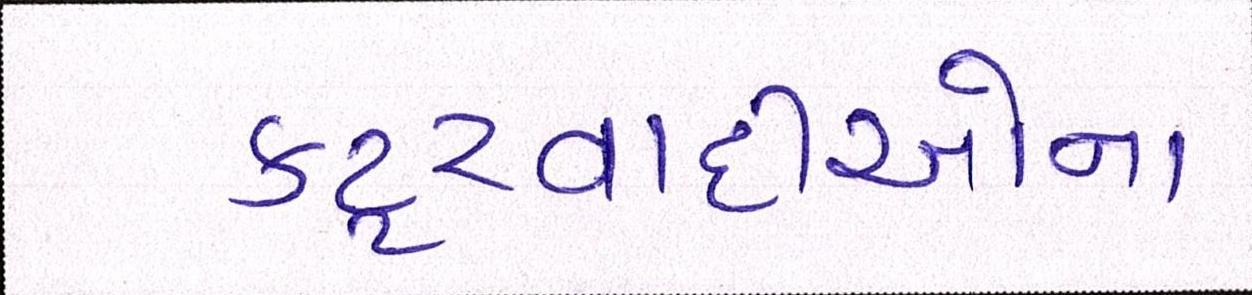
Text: કટ્ટરવાદીઓના